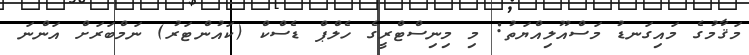
މަޤާމުގެ މައިގަނޑު މަސްއޫލިއްޔަތު: މި މިނިސްޓްރީގެ ހެލްޕް ޑެސްކް (ކައުންޓަރު) ނަމްބަރަށް އަންނަ